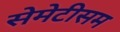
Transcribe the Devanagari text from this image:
सेमेटीसम